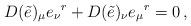
LaTeX: \begin{align*}D(\tilde e)_{\mu} e_{\nu}{}^r + D(\tilde e)_{\nu} e_{\mu}{}^r = 0\, ,\end{align*}